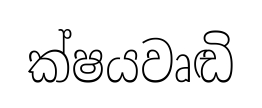
ක්ෂයවෘඬි